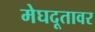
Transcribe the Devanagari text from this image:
मेघदूतावर